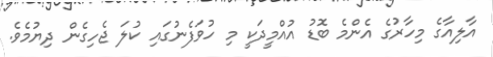
އާލިއާގެ މިހާރުގެ އެންމެ ބޮޑު އުއްމީދަކީ މި ހުވަފެނުގައި ކުލަ ޖެހިގެން ދިޔުމެވެ.